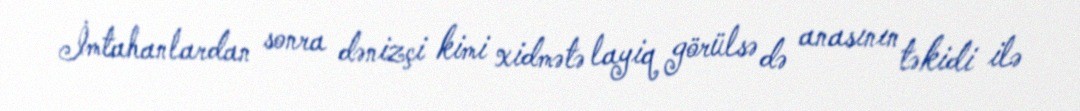
İmtahanlardan sonra dənizçi kimi xidmətə layiq görülsə də anasının təkidi ilə